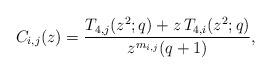
LaTeX: \begin{align*} C_{i,j}(z)=\frac{T_{4,j}(z^2;q) + z\,T_{4,i}(z^2;q)}{z^{m_{i,j}} (q+1)},\end{align*}